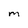
Character: M